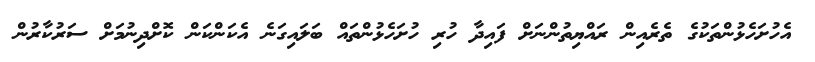
އެހުށަހެޅުންތަކުގެ ތެރެއިން ރައްޔިތުންނަށް ފައިދާ ހުރި ހުށަހެޅުންތައް ބަލައިގަނެ އެކަންކަން ކޮށްދިނުމަށް ސަރުކާރުން